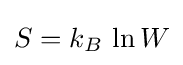
S=k_{B}\,\ln W